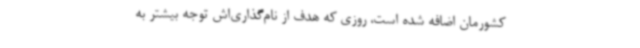
کشورمان اضافه شده است، روزی که هدف از نام‌گذاری‌اش توجه بیشتر به